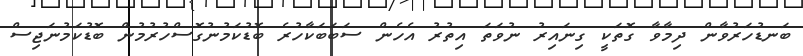
ބަނޑުހަރުވާން ދިމާވާ ގޮތަކީ ގިނައިރު ނުވަތަ އިތުރު އެހެން ސަބަބަކާހުރެ ބޮޑުކަމުނުގޮސްހުރުމުން ބޮޑުކަމުނަޖިސް